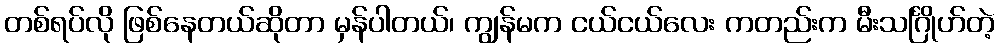
တစ်ရပ်လို ဖြစ်နေတယ်ဆိုတာ မှန်ပါတယ်၊ ကျွန်မက ငယ်ငယ်လေး ကတည်းက မီးသင်္ဂြိုဟ်တဲ့